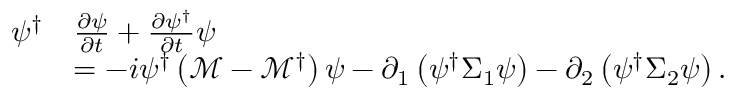
\begin{array} { r l } { \psi ^ { \dagger } } & { \frac { \partial \psi } { \partial t } + \frac { \partial \psi ^ { \dagger } } { \partial t } \psi } \\ & { = - i \psi ^ { \dagger } \left( \mathcal { M } - \mathcal { M } ^ { \dagger } \right) \psi - \partial _ { 1 } \left( \psi ^ { \dagger } \Sigma _ { 1 } \psi \right) - \partial _ { 2 } \left( \psi ^ { \dagger } \Sigma _ { 2 } \psi \right) . } \end{array}